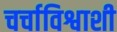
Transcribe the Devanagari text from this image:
चर्चाविश्वाशी